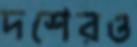
দশেরও